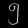
Digit: ၅